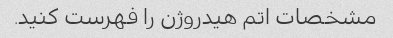
مشخصات اتم هیدروژن را فهرست کنید.